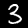
Label: 3